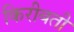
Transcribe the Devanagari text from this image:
किरीबती